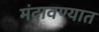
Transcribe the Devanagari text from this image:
मंदावण्यात